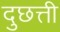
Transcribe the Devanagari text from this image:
दुछत्ती